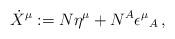
LaTeX: \begin{align*}\dot{X}^{\mu }:=N\eta ^{\mu }+N^{A}\epsilon ^{\mu }{}_{A}\,, \end{align*}